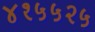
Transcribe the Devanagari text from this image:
४१५५२५